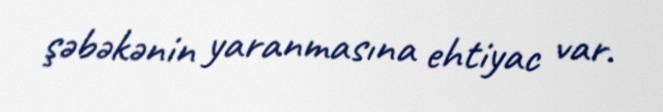
şəbəkənin yaranmasına ehtiyac var.